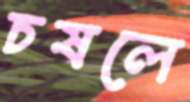
চষলে